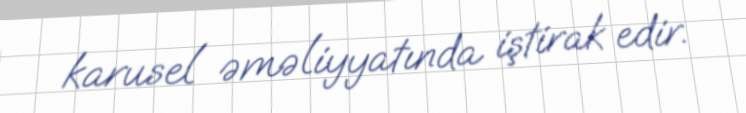
karusel əməliyyatında iştirak edir.